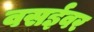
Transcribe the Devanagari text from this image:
वसईवर